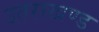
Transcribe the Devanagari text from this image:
उतराखण्ड